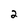
Character: 2